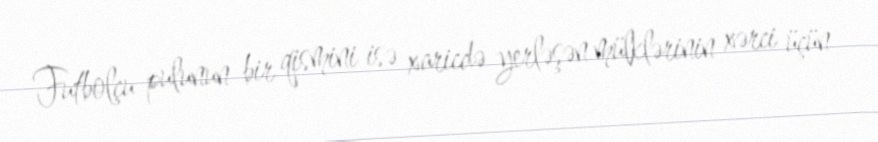
Futbolçu pulunun bir qismini isə xaricdə yerləşən mülklərinin xərci üçün